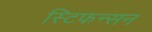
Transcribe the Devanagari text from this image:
स्टिफन्सन